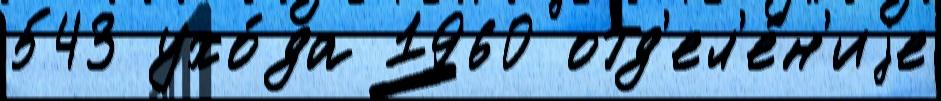
543 ухо́да 1960 отд'ел'е́н'иjе